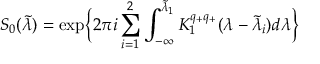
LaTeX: S _ { 0 } ( \tilde { \lambda } ) = \exp \Bigl \{ 2 \pi i \sum _ { i = 1 } ^ { 2 } \int _ { - \infty } ^ { \tilde { \lambda } _ { 1 } } K _ { 1 } ^ { q _ { + } q _ { + } } ( \lambda - \tilde { \lambda } _ { i } ) d \lambda \Bigr \}